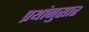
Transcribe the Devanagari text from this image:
प्रथांनुसार